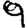
Digit: 9